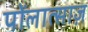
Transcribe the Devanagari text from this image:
पोंलात्साज़